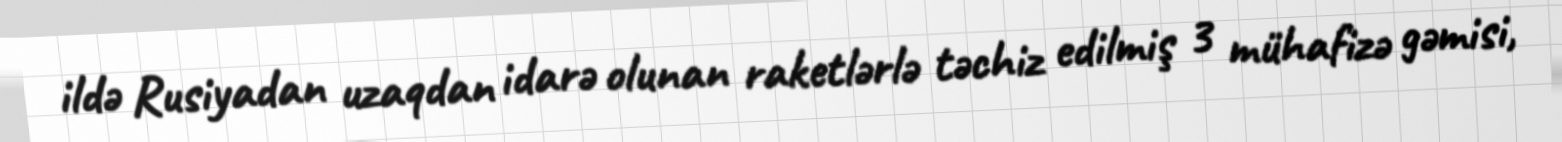
ildə Rusiyadan uzaqdan idarə olunan raketlərlə təchiz edilmiş 3 mühafizə gəmisi,